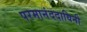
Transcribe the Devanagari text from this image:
परमानंददायिनी